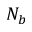
N _ { b }